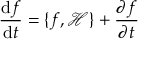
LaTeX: { \frac { \mathrm { d } f } { \mathrm { d } t } } = \{ f , { \mathcal { H } } \} + { \frac { \partial f } { \partial t } }